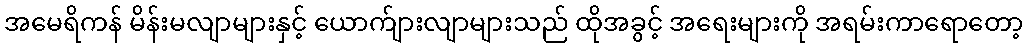
အမေရိကန် မိန်းမလျာများနှင့် ယောက်ျားလျာများသည် ထိုအခွင့် အရေးများကို အရမ်းကာရောတော့